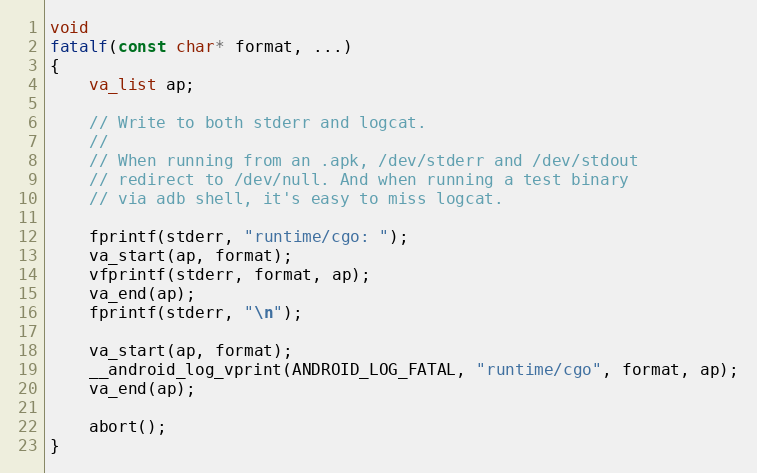
Language: C
void
fatalf(const char* format, ...)
{
	va_list ap;

	// Write to both stderr and logcat.
	//
	// When running from an .apk, /dev/stderr and /dev/stdout
	// redirect to /dev/null. And when running a test binary
	// via adb shell, it's easy to miss logcat.

	fprintf(stderr, "runtime/cgo: ");
	va_start(ap, format);
	vfprintf(stderr, format, ap);
	va_end(ap);
	fprintf(stderr, "\n");

	va_start(ap, format);
	__android_log_vprint(ANDROID_LOG_FATAL, "runtime/cgo", format, ap);
	va_end(ap);

	abort();
}